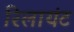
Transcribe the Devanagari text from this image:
रिलायंट